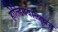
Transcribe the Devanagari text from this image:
होल्डिंगवालाधन